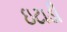
ઇટાડી